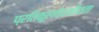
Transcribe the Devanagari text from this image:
प्रतिकूलवेदनीयता